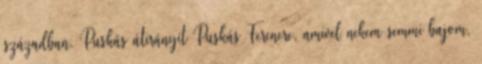
században. Puskás átirányít Puskás Ferencre, amivel nekem semmi bajom,